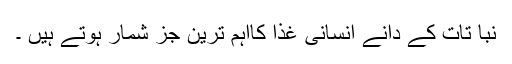
نبا تات کے دانے اِنسانی غذا کااہم ترین جُز شمار ہوتے ہیں ۔